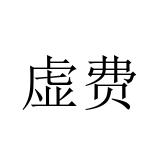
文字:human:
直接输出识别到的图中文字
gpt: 虚费